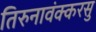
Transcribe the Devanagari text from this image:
तिरुनावंक्करसु